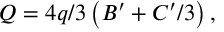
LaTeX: Q = 4 q / 3 \left( B ^ { \prime } + C ^ { \prime } / 3 \right) ,